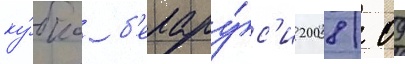
ку́бка б'елару́с'и 2008/ 09